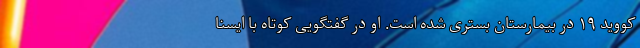
کووید ۱۹ در بیمارستان بستری شده است. او در گفتگویی کوتاه با ایسنا